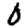
Digit: 0